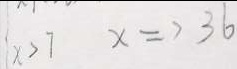
\vert x > 7 x \Rightarrow 3 6